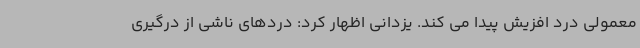
معمولی درد افزیش پیدا می کند. یزدانی اظهار کرد: دردهای ناشی از درگیری